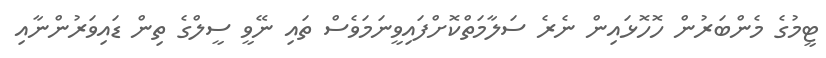
ޓީމުގެ މެންބަރުން ހޮހޮޅައިން ނެރެ ސަލާމަތްކޮށްފައިވީނަމަވެސް ތައި ނޭވީ ސީލްގެ ތިން ޑައިވަރުންނާއި